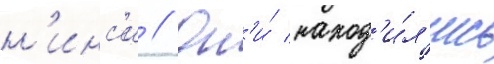
н'инс'и // Он'и́ наход'и́л'ись